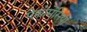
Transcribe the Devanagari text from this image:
ऐक्रोमेसिया